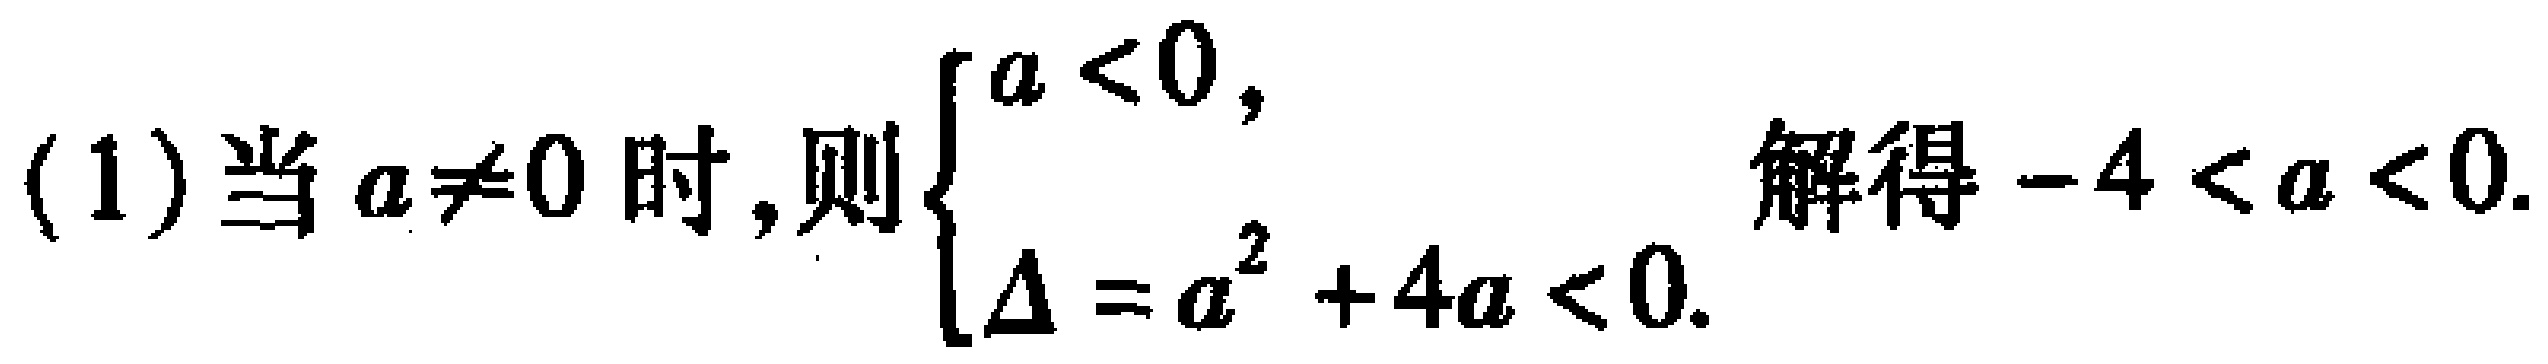
(1)当\(a\neq0\)时，则\(\begin{cases}a < 0,\\\Delta = a^{2}+4a < 0.\end{cases}\)解得\(-4 < a < 0\).